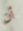
أن